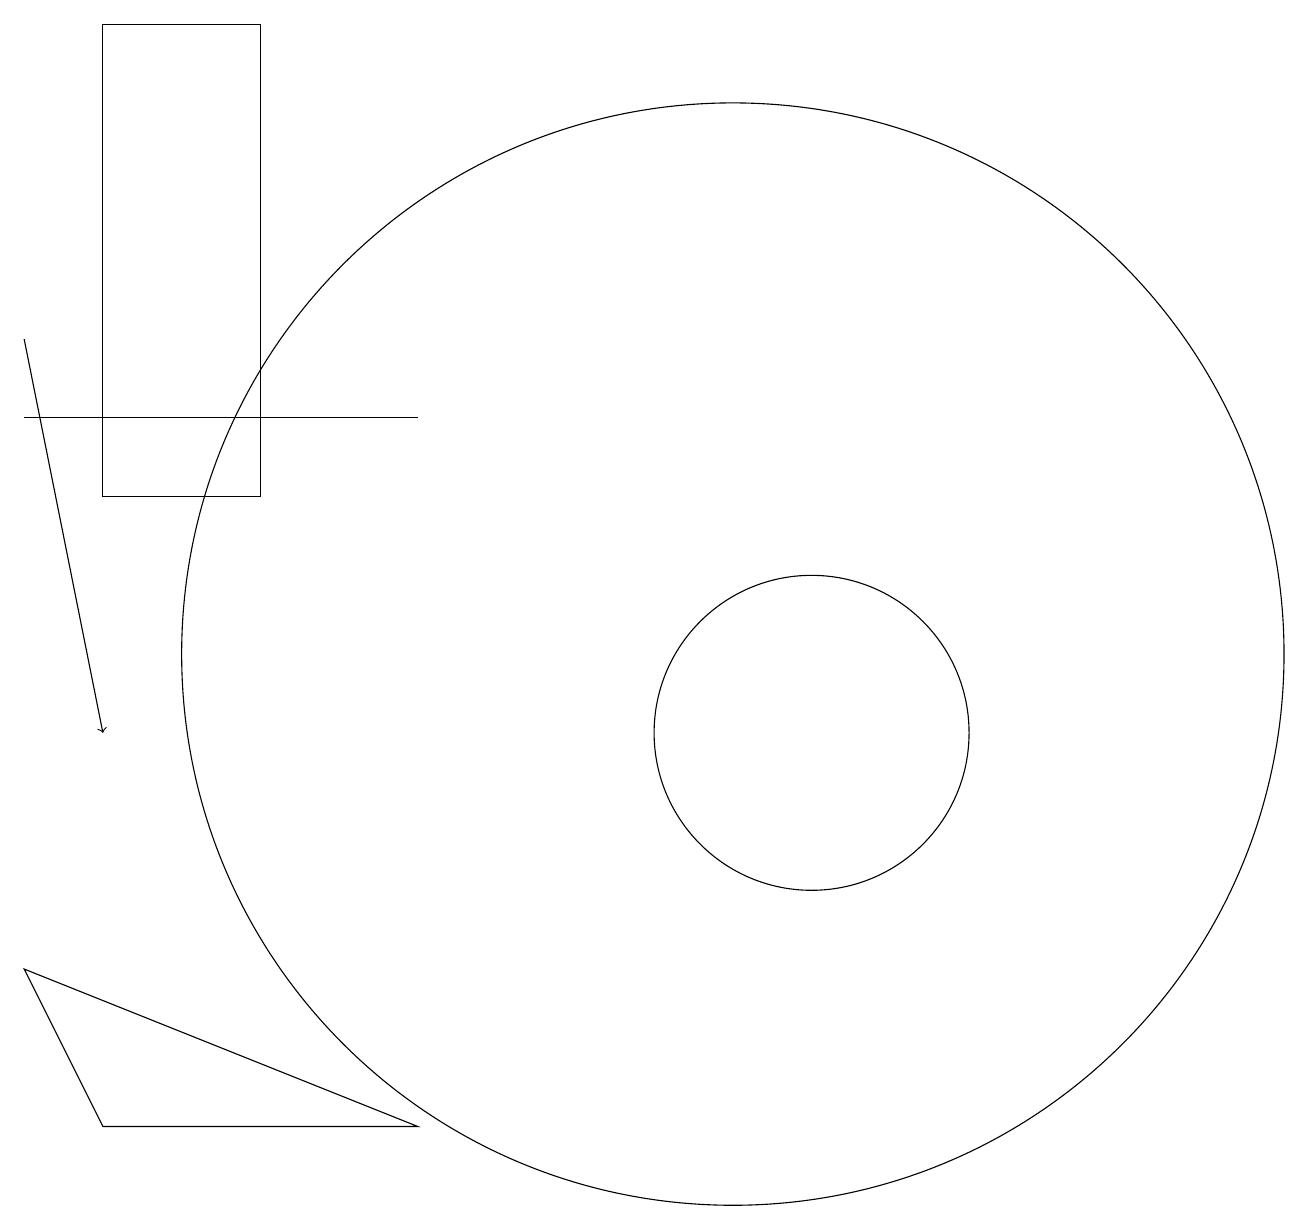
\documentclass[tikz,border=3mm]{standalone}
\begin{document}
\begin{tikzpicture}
\draw (1,7) -- (6,5) -- (2,5) -- cycle;
\draw (10,11) circle (7);
\draw (6,14) rectangle (1,14);
\draw[->] (1,15) -- (2,10);
\draw (11,10) circle (2);
\draw (2,13) rectangle (4,19);
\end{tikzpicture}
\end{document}